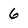
Character: 6